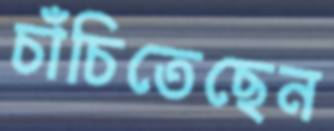
চাঁচিতেছেন